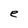
Character: e